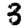
Digit: 3